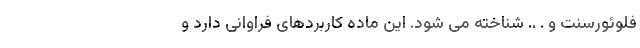
فلوئورسنت و . .. شناخته می شود. این ماده کاربردهای فراوانی دارد و